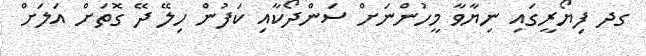
ގދ ފިޔޯރީގައި ނިޔާވާ މީހުންނަށް ސަންދޯކާއި ކަފުން ހިލޭ ދޭ ގޮތަށް އަލަށް